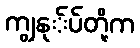
ကျွနု်ပ်တို့က